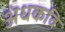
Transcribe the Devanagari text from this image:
अंधकवि